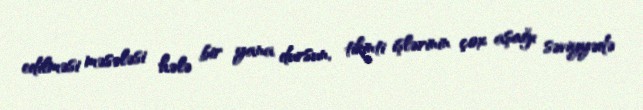
edilməsi məsələsi hələ bir yana dursun, tikinti işlərinin çox aşağı səviyyədə